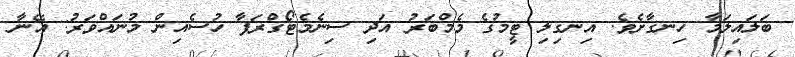
ބަލައިލަމާ ހިނގާށެވެ. އިނގިލި ޓީމުގެ މެމްބަރު އަދި ސިނެމެޓޯގްރަފާ ހުސެއިން މުނައްވަރު: އޭނާ